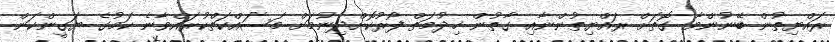
ރައްޔިތުން ބޭނުންވާ ގޮތަށް ރައްޔިތުންނާއި ގާތުން ޚިދުމަތް ފޯރުކޮށްދިނުމަށް މަސައްކަތްކުރައްވާނެ ކަމުގެ ޔަގީންކަން